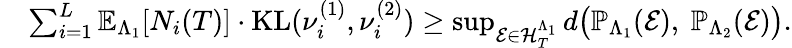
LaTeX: \begin{array}{rl}&{\sum_{i=1}^{L}\mathbb{E}_{\Lambda_{1}}[N_{i}(T)]\cdot\mathrm{KL}(\nu_{i}^{(1)},\nu_{i}^{(2)})\ge\operatorname*{sup}_{\mathcal{E}\in\mathcal{H}_{T}^{\Lambda_{1}}}d\big(\mathbb{P}_{\Lambda_{1}}(\mathcal{E}),~\mathbb{P}_{\Lambda_{2}}(\mathcal{E})\big).}\end{array}